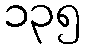
၁၃၅